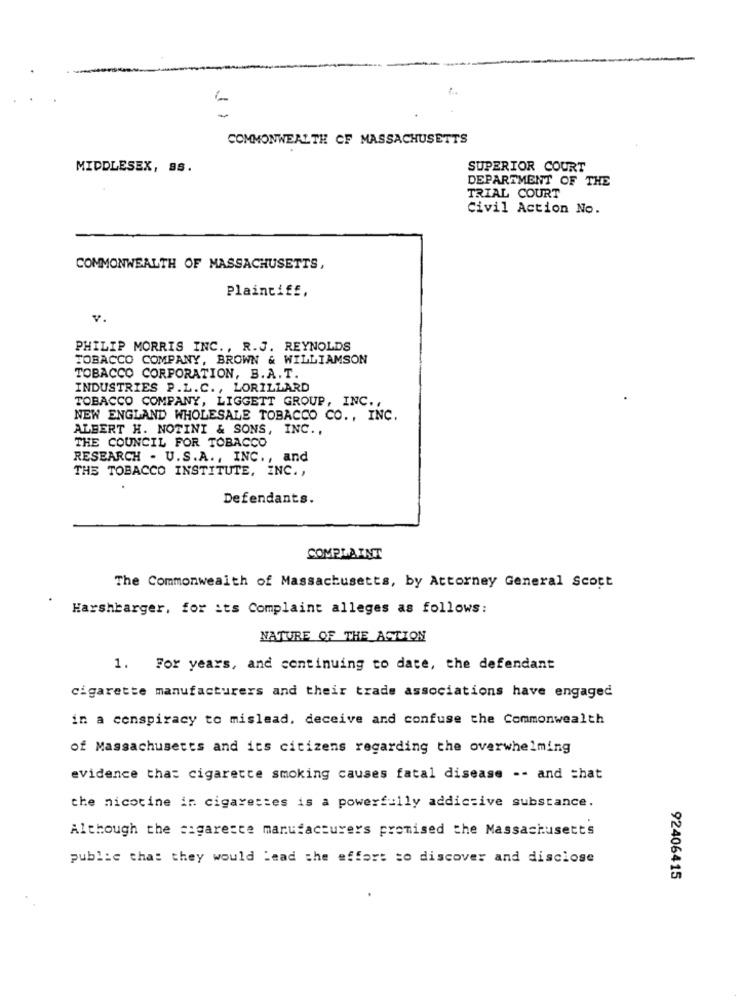
COMMONWEALTH CF MASSACHUSETTS
MIDDLESEX, 88.
SUPERIOR COURT
DEPARTMENT OF THE
TRIAL COURT
Civil Action No.
COMMONWEALTH OF MASSACHUSETTS,
Plaintiff,
PHILIP MORRIS INC ., R.J. REYNOLDS
TOBACCO COMPANY, BROWN & WILLIAMSON
TOBACCO CORPORATION, B.A.T.
INDUSTRIES P.L.C ., LORILLARD
TOBACCO COMPANY, LIGGETT GROUP, INC .,
NEW ENGLAND WHOLESALE TOBACCO CO ., INC.
ALBERT H. NOTINI & SONS, INC .,
THE COUNCIL FOR TOBACCO
RESEARCH . U.S.A ., INC ., and
THE TOBACCO INSTITUTE, INC .,
Defendants.
COMPLAINT
The Commonwealth of Massachusetts, by Attorney General Scott
Harshbarger, for its Complaint alleges as follows:
NATURE OF THE ACTION
1. For years, and continuing to date, the defendant
cigarette manufacturers and their trade associations have engaged
in a conspiracy to mislead, deceive and confuse the Commonwealth
of Massachusetts and its citizens regarding the overwhelming
evidence that cigarette smoking causes fatal disease -- and =hat
the nicotine in cigarettes is a powerfully addictive substance.
Although the cigarette manufacturers promised the Massachusetts
public that they would Lead the effort to discover and disclose
92406415